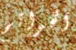
الخواتم